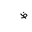
Letter: _za